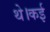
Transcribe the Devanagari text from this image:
थे।कई